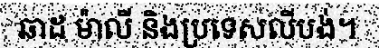
ឆាដ ម៉ាលី និងប្រទេសលីបង់។